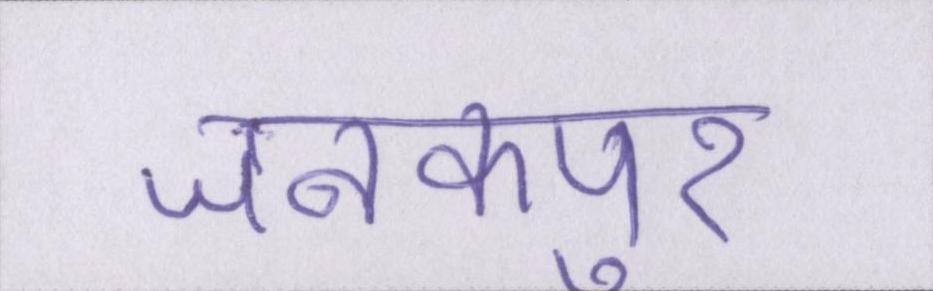
जनकपुर